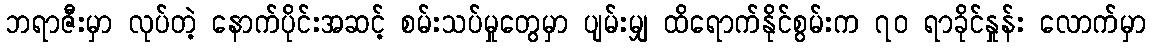
ဘရာဇီးမှာ လုပ်တဲ့ နောက်ပိုင်းအဆင့် စမ်းသပ်မှုတွေမှာ ပျမ်းမျှ ထိရောက်နိုင်စွမ်းက ၇၀ ရာခိုင်နှုန်း လောက်မှာ